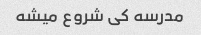
مدرسه کی شروع میشه